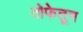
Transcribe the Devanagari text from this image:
तोफेतून